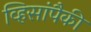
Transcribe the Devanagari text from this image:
व्हिसांपैकी